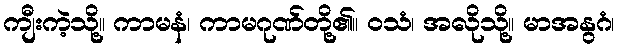
ကျီးကဲ့သို့။ ကာမနံ၊ ကာမဂုဏ်တို့၏။ ဝသံ၊ အလိုသို့။ မာအနွဂံ၊